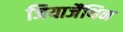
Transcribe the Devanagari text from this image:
जियाजैंथिन